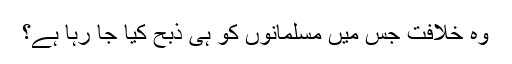
وہ خلافت جس میں مسلمانوں کو ہی ذبح کیا جا رہا ہے؟